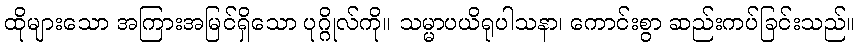
ထိုများသော အကြားအမြင်ရှိသော ပုဂ္ဂိုလ်ကို။ သမ္မာပယိရုပါသနာ၊ ကောင်းစွာ ဆည်းကပ်ခြင်းသည်။